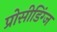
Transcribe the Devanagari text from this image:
प्रोसीडिंग्ज